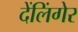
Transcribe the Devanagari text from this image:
देंलिंगेर